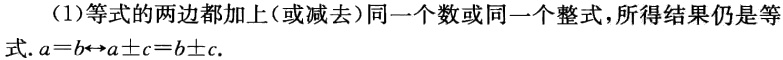
(1)等式的两边都加上(或减去)同一个数或同一个整式,所得结果仍是等式. \(a = b\leftrightarrow a\pm c = b\pm c\).